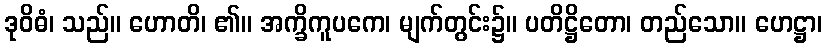
ဒုဝိဓံ၊ သည်။ ဟောတိ၊ ၏။ အက္ခိကူပကေ၊ မျက်တွင်း၌။ ပတိဋ္ဌိတော၊ တည်သော။ ဟေဋ္ဌာ၊